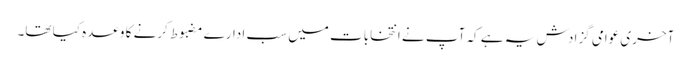
آخری عوامی گزادش یہ ہے کہ آپ نے انتخابات میں سب ادارے مضبوط کرنے کا وعدہ کیا تھا۔